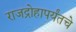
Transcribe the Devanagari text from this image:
राजद्रोहापर्यंतचे